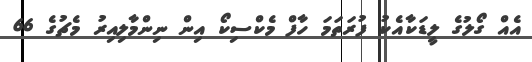
އެއް ގޯލުގެ ލީޑަކާއެކު ފުރަތަމަ ހާފް މެކްސިކޯ އިން ނިންމާލިއިރު މެޗުގެ 66